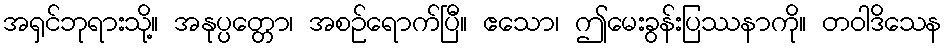
အရှင်ဘုရားသို့။ အနုပ္ပတ္တော၊ အစဉ်ရောက်ပြီ။ ဧသော၊ ဤမေးခွန်းပြဿနာကို။ တဝါဒိသေန